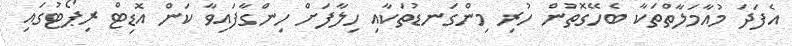
އެފަދަ މުއާމަލާތްތަކާ ބެހޭގޮތުން ހުރި މިންގަނޑުތަކާއި ހިލާފަށް ހިންގާފައިވާ ކަން އޮޑިޓް ރިޕޯޓުގައި